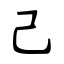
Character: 己